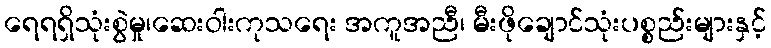
ရေရရှိသုံးစွဲမှု၊ဆေးဝါးကုသရေး အကူအညီ၊ မီးဖိုချောင်သုံးပစ္စည်းများနှင့်